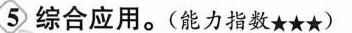
5综合应用。(能力指数★★★)